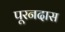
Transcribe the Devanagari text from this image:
पूरनदास